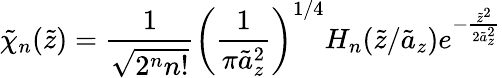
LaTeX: \tilde{\chi}_{n}(\tilde{z})=\frac{1}{\sqrt{2^{n}n!}}\left(\frac{1}{\pi\tilde{a}_{z}^{2}}\right)^{1/4}H_{n}(\tilde{z}/\tilde{a}_{z})e^{-\frac{\tilde{z}^{2}}{2\tilde{a}_{z}^{2}}}